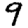
Digit: 9